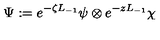
\Psi : = e ^ { - \zeta L _ { - 1 } } \psi \otimes e ^ { - z L _ { - 1 } } \chi